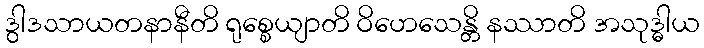
ဒွါဒသာယတနာနီတိ ရုစ္စေယျာတိ ဝိဟေသေန္တိ နဿာတိ အသုဒ္ဓါယ